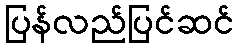
ပြန်လည်ပြင်ဆင်